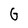
Character: G